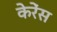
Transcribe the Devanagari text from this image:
केरेंस